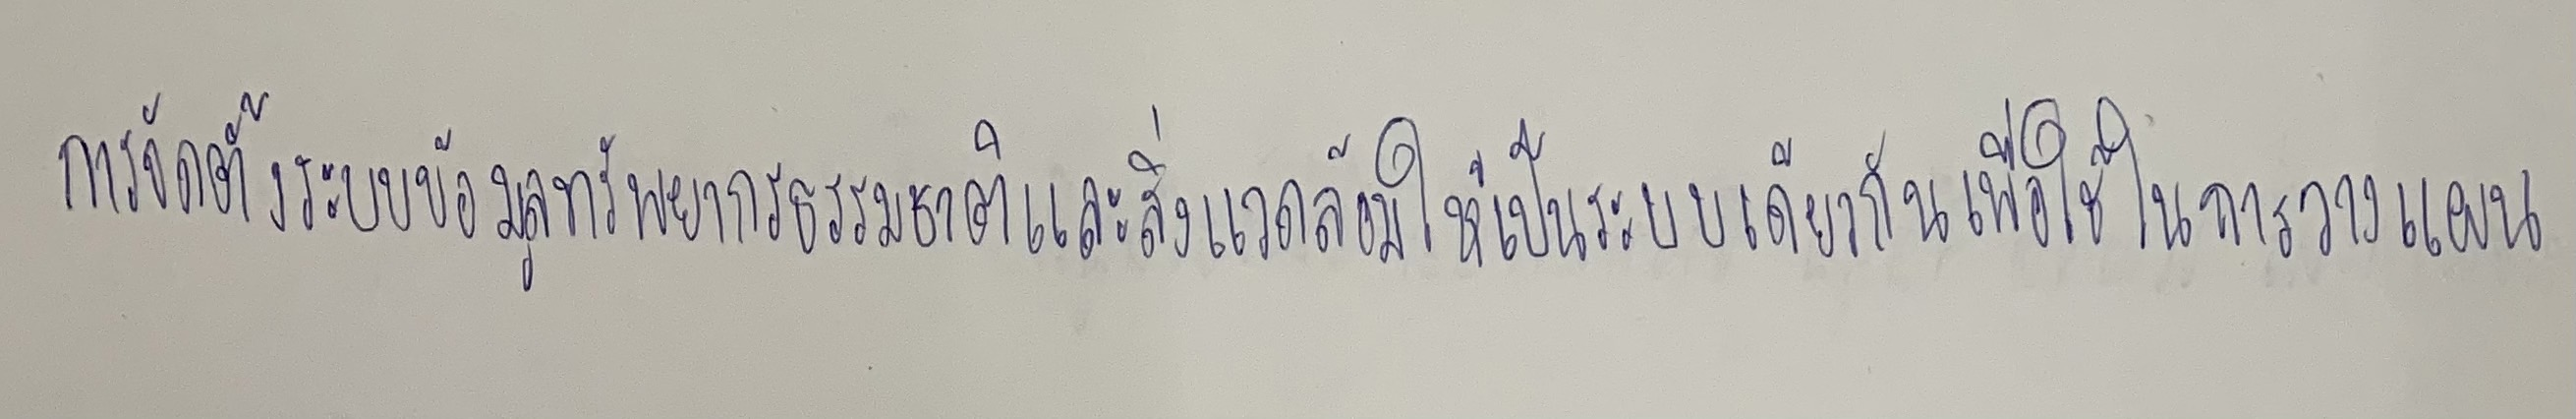
การจัดตั้งระบบข้อมูลทรัพยากรธรรมชาติและสิ่งแวดล้อมให้เป็นระบบเดียวกันเพื่อใช้ในการวางแผน